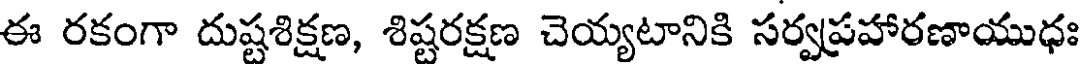
ఈ రకంగా దుష్టశిక్షణ, శిష్టరక్షణ చెయ్యటానికి సర్వప్రహారణాయుధః